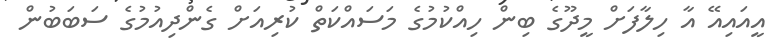
އީއައިއޭ އާ ހިލާފަށް މީދޫގެ ބިން ހިއްކުމުގެ މަސައްކަތް ކުރިއަށް ގެންދިއުމުގެ ސަބަބުން